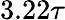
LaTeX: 3.22\tau